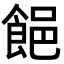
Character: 䭂